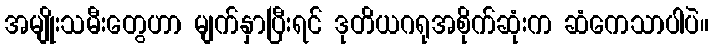
အမျိုးသမီးတွေဟာ မျက်နှာပြီးရင် ဒုတိယဂရုအစိုက်ဆုံးက ဆံကေသာပါပဲ။